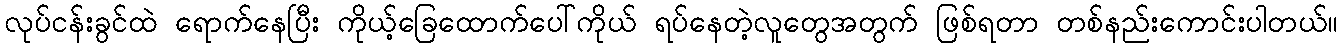
လုပ်ငန်းခွင်ထဲ ရောက်နေပြီး ကိုယ့်ခြေထောက်ပေါ်ကိုယ် ရပ်နေတဲ့လူတွေအတွက် ဖြစ်ရတာ တစ်နည်းကောင်းပါတယ်။